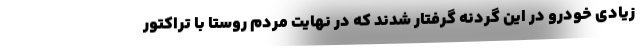
زیادی خودرو در این گردنه گرفتار شدند که در نهایت مردم روستا با تراکتور